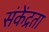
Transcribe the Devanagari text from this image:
संकेंद्रता